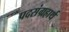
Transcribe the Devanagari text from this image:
पदसंग्रहार्थ